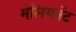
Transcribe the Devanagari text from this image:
मेलिगनेंट